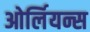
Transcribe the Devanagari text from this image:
ओर्लियन्स